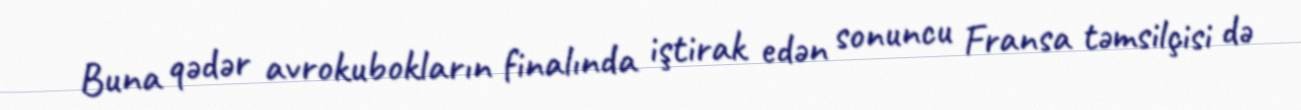
Buna qədər avrokubokların finalında iştirak edən sonuncu Fransa təmsilçisi də